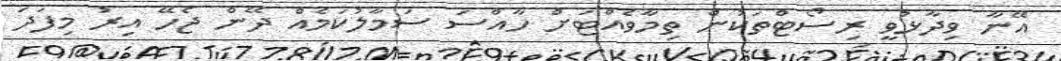
އޭނާ ވިދާޅުވީ ރިސޯޓްތަކުން ތިމާވެއްޓަށް ހާއްސަ ސަމާލުކަމެއް ދޭން ޖެހޭ އިރު މިފަދަ